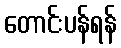
တောင်းပန်ရန်